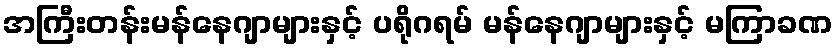
အကြီးတန်းမန်နေဂျာများနှင့် ပရိုဂရမ် မန်နေဂျာများနှင့် မကြာခဏ